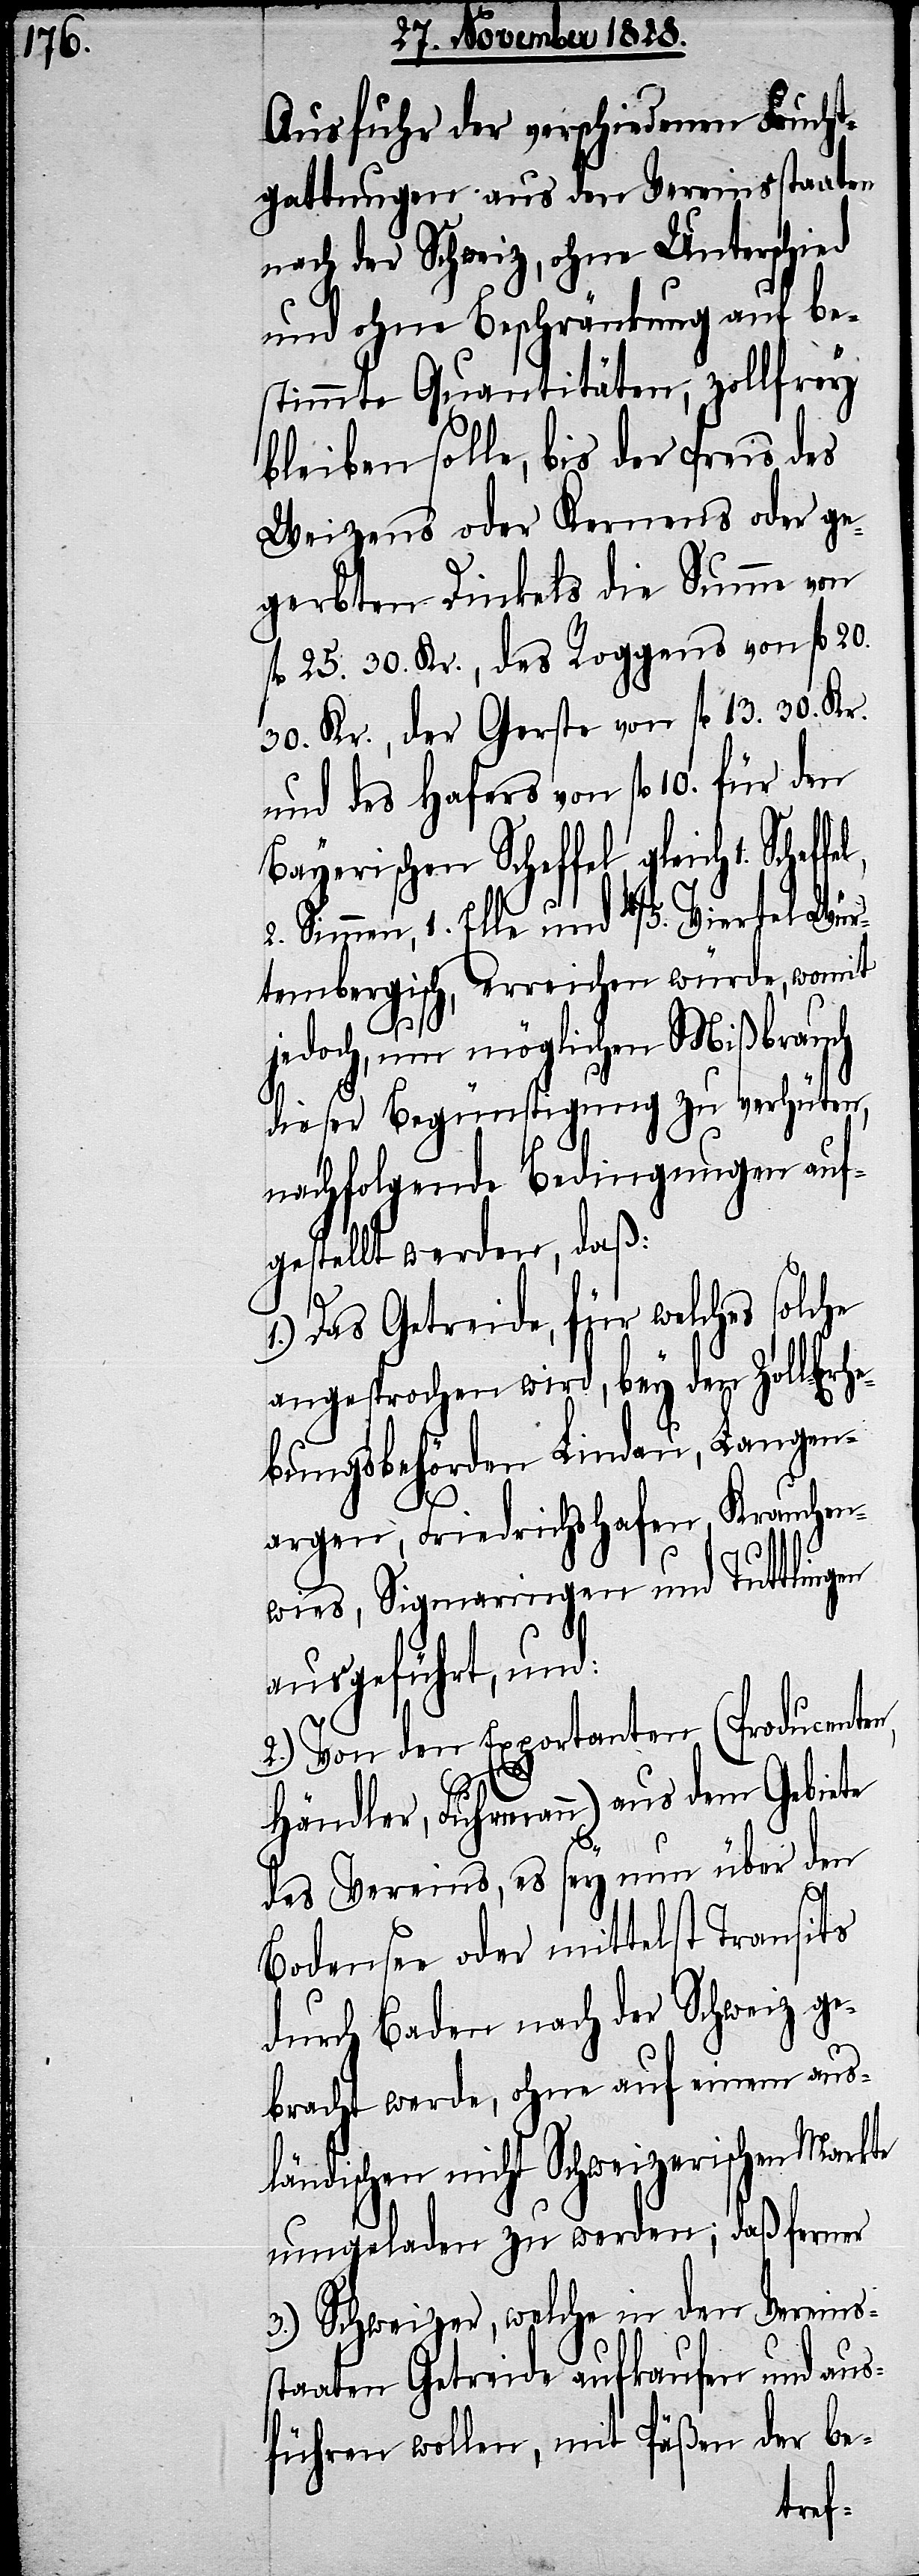
Ausfuhr der verschiedenen Frucht¬
gattungen aus den Vereinsstaaten
nach der Schweiz, ohne Unterschied
und ohne Beschränkung auf be¬
stimmte Quantitäten, zollfrey
bleiben solle, bis der Preis des
Weizens oder Kernens oder ge¬
gerbten Dinkels die Summe von
fl. 25. 30. Kr., des Roggens von fl. 20.
30. Kr., der Gerste von fl. 13. 30. Kr.
und des Hafers von fl. 10. für den
Bayerischen Scheffel gleich 1. Sche¬
2. Simmen, 1. Elle und 4/5. Viertel Wür¬
tembergisch, erreichen würde, womit
jedoch, um möglichen Mißbrauch
dieser Begünstigung zu verhüten,
nachfolgende Bedingungen auf¬
gestellt werden, daß:
1.) Das Getreide, für welches solche
angesprochen wird, bey den Zollerhe¬
bungsbehörden Lindau, Langen¬
Krauchen¬
argen, Friedrichshafen,
f¬
wies, Sigmaringen und Tuttlingen
ausgeführt, und:
2.) Von den Exportanten (Producenten,
Händler, Fuhrmann) aus dem Gebiete
des Vereins, es sey nun über den
Bodensee oder mittelst Transits
durch Baden nach der Schweiz ge¬
bracht werde, ohne auf einem ausl¬
ändischen nicht Schweizerischen Markte
umgeladen zu werden; daß ferner
3.) Schweizer, welche in den Vereins¬
staaten Getreide aufkaufen und aus¬
führen wollen, mit Päßen der be-
fel,